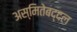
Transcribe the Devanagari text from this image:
अस्मितेबद्दल